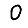
Digit: 0